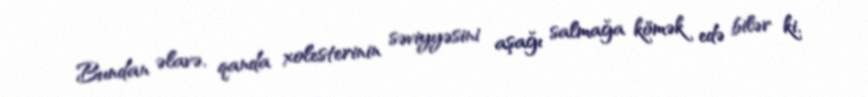
Bundan əlavə, qanda xolesterinin səviyyəsini aşağı salmağa kömək edə bilər ki,